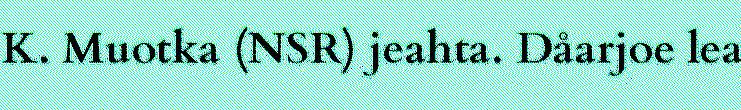
K. Muotka (NSR) jeahta. Dåarjoe lea